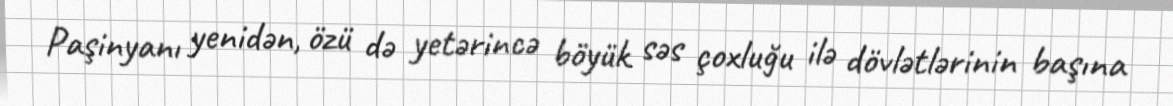
Paşinyanı yenidən, özü də yetərincə böyük səs çoxluğu ilə dövlətlərinin başına